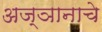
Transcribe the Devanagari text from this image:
अज्ञानाचे